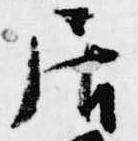
居